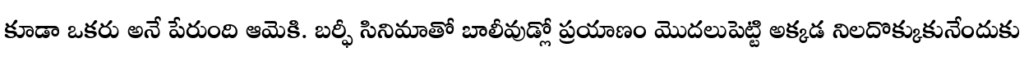
కూడా ఒకరు అనే పేరుంది ఆమెకి. బర్ఫీ సినిమాతో బాలీవుడ్లో ప్రయాణం మొదలుపెట్టి అక్కడ నిలదొక్కుకునేందుకు